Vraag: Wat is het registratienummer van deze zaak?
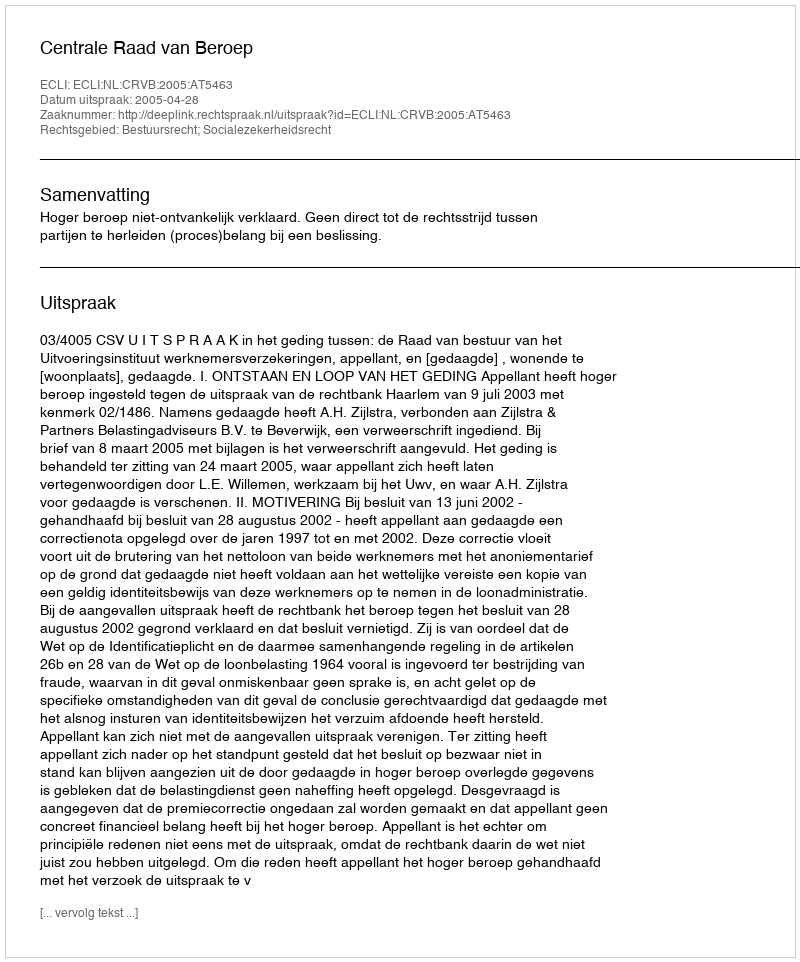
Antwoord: http://deeplink.rechtspraak.nl/uitspraak?id=ECLI:NL:CRVB:2005:AT5463